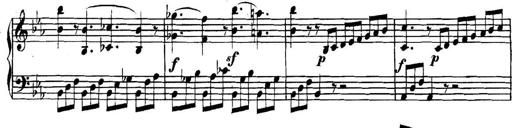
Title: Collected Piano Sonatas
Composer: Muzio Clementi